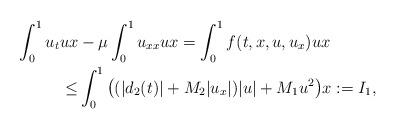
LaTeX: \begin{align*}\int_{0}^1u_tux&-\mu \int_{0}^1u_{xx}ux= \int_{0}^1f(t,x,u,u_x)ux\\\leq & \int_{0}^1\big((|d_2(t)|+M_2|u_x|)|u|+M_1u^2\big)x := I_1,\end{align*}